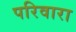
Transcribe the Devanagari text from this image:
परिवारा